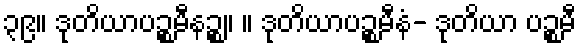
၃၉။ ဒုတိယာပဉ္စမီနဉ္စ။ ။ ဒုတိယာပဉ္စမီနံ- ဒုတိယာ ပဉ္စမီ